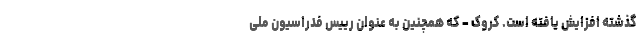
گذشته افزایش یافته است. کروک - که همچنین به عنوان رییس فدراسیون ملی